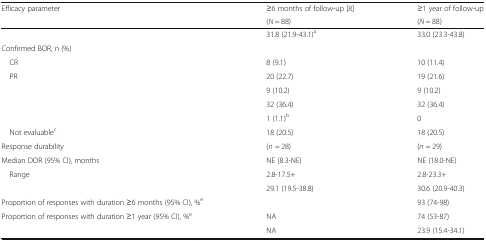
<table><thead><tr><td rowspan="2"><b>Efficacy parameter</b></td><td><b>≥6 months of follow-up [8]</b></td><td><b>≥1 year of follow-up</b></td></tr><tr><td><b>(<i>N</i> = 88)</b></td><td><b>(<i>N</i> = 88)</b></td></tr></thead><tbody><tr><td>[EMPTY_CELL]</td><td>31.8 (21.9-43.1)<sup>a</sup></td><td>33.0 (23.3-43.8)</td></tr><tr><td colspan="3">Confirmed BOR, n (%)</td></tr><tr><td> CR</td><td>8 (9.1)</td><td>10 (11.4)</td></tr><tr><td> PR</td><td>20 (22.7)</td><td>19 (21.6)</td></tr><tr><td>[EMPTY_CELL]</td><td>9 (10.2)</td><td>9 (10.2)</td></tr><tr><td>[EMPTY_CELL]</td><td>32 (36.4)</td><td>32 (36.4)</td></tr><tr><td>[EMPTY_CELL]</td><td>1 (1.1)<sup>b</sup></td><td>0</td></tr><tr><td> Not evaluable<sup>c</sup></td><td>18 (20.5)</td><td>18 (20.5)</td></tr><tr><td>Response durability</td><td>(<i>n</i> = 28)</td><td>(<i>n</i> = 29)</td></tr><tr><td>Median DOR (95% CI), months</td><td>NE (8.3-NE)</td><td>NE (18.0-NE)</td></tr><tr><td> Range</td><td>2.8-17.5+</td><td>2.8-23.3+</td></tr><tr><td>[EMPTY_CELL]</td><td>29.1 (19.5-38.8)</td><td>30.6 (20.9-40.3)</td></tr><tr><td>Proportion of responses with duration ≥6 months (95% CI), %<sup>e</sup></td><td>[EMPTY_CELL]</td><td>93 (74-98)</td></tr><tr><td>Proportion of responses with duration ≥1 year (95% CI), %<sup>e</sup></td><td>NA</td><td>74 (53-87)</td></tr><tr><td>[EMPTY_CELL]</td><td>NA</td><td>23.9 (15.4-34.1)</td></tr></tbody></table>